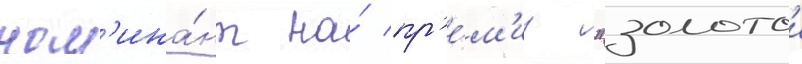
ном'ина́нт на́ пр'е́м'иу "золотои